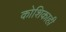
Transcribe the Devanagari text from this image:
कोशिकाही